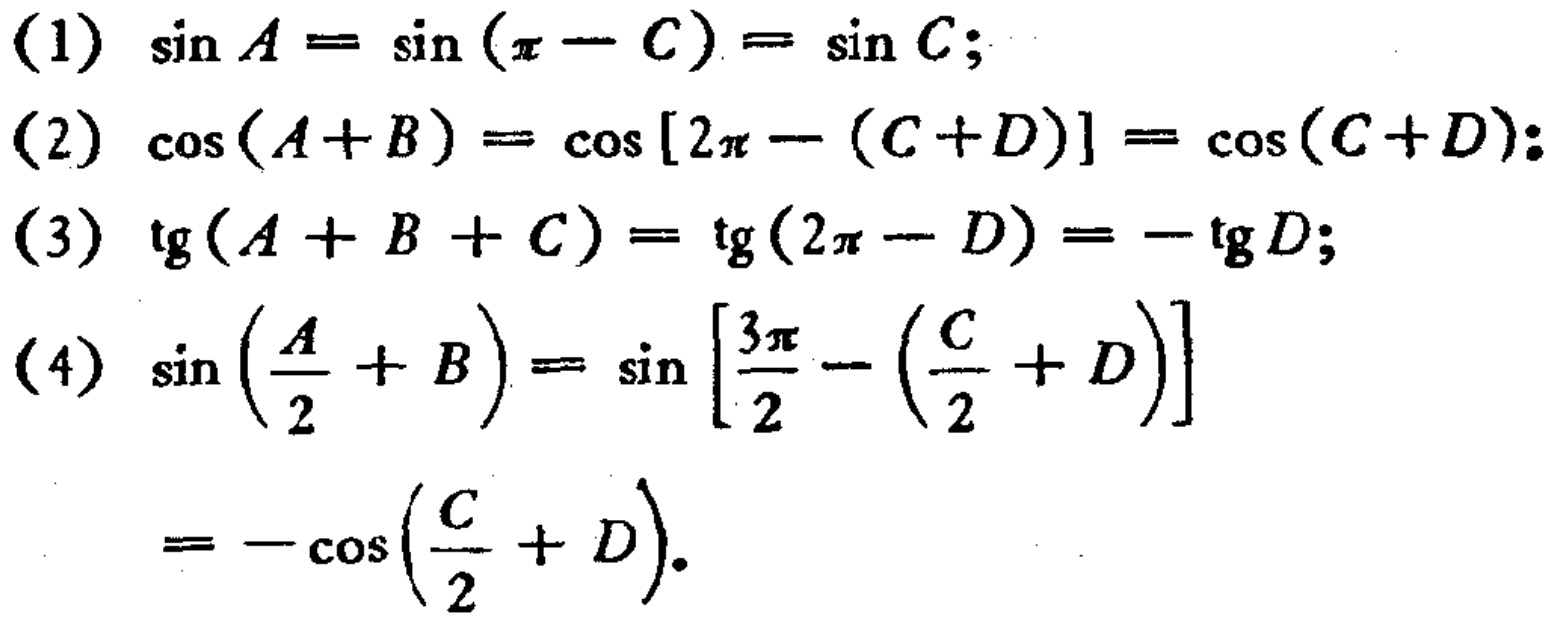
(1) \(\sin A = \sin(\pi - C)=\sin C\);

(2) \(\cos(A + B)=\cos[2\pi-(C + D)]=\cos(C + D)\);

(3) \(\text{tg}(A + B + C)=\text{tg}(2\pi - D)=-\text{tg}D\);

(4) \(\sin\left(\frac{A}{2}+B\right)=\sin\left[\frac{3\pi}{2}-\left(\frac{C}{2}+D\right)\right]=-\cos\left(\frac{C}{2}+D\right)\).